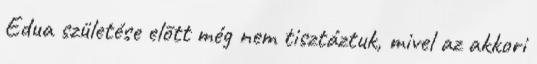
Edua születése elõtt még nem tisztáztuk, mivel az akkori